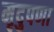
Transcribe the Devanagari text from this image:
मृदुपणा